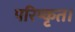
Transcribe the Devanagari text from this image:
परिष्कृत।